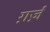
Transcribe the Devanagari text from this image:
ग़र्ज़